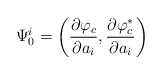
\begin{align*}\Psi_0^i = \left(\frac{\partial\varphi_c}{\partial a_i},\frac{\partial\varphi_c^\ast}{\partial a_i} \right)\end{align*}